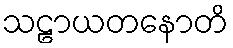
သဠာယတနောတိ